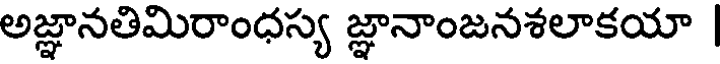
అజ్ఞానతిమిరాంధస్య జ్ఞానాంజనశలాకయా